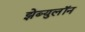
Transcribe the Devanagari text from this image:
झेब्युलॉन